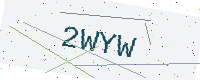
Text: 2WYW